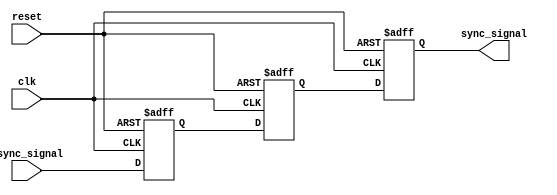
module dual_ff_synchronizer (
    input wire clk,               // Clock signal from the target clock domain
    input wire reset,             // Asynchronous reset signal
    input wire async_signal,      // Asynchronous input signal to be synchronized
    output reg sync_signal        // Synchronized output signal
);

    // Internal signals for the flip-flops
    reg ff1, ff2;

    // First Flip-Flop (FF1)
    always @(posedge clk or posedge reset) begin
        if (reset) begin
            ff1 <= 1'b0;           // Initialize FF1 to 0 on reset
        end else begin
            ff1 <= async_signal;   // Capture the asynchronous signal
        end
    end

    // Second Flip-Flop (FF2)
    always @(posedge clk or posedge reset) begin
        if (reset) begin
            ff2 <= 1'b0;           // Initialize FF2 to 0 on reset
        end else begin
            ff2 <= ff1;            // Capture the output of FF1
        end
    end

    // Output assignment
    always @(posedge clk or posedge reset) begin
        if (reset) begin
            sync_signal <= 1'b0;   // Initialize output to 0 on reset
        end else begin
            sync_signal <= ff2;     // Synchronized output
        end
    end

endmodule